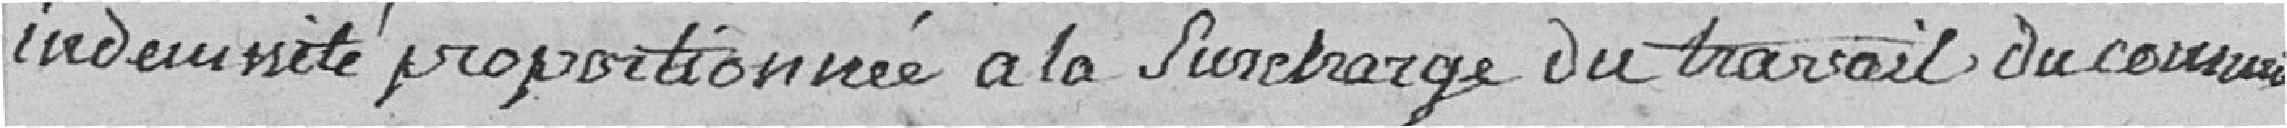
indemnité proportionnée à la surcharge du travail du commis